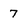
Character: 7